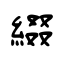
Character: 綴